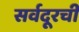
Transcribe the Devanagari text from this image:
सर्वदूरची